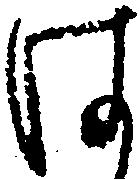
は